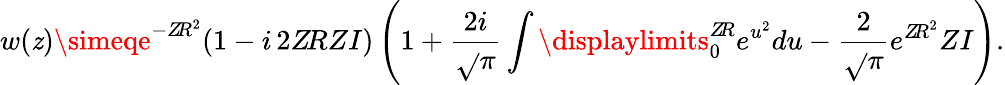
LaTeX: w(\mathit{z})\simeqe^{-Z\! R^{2}}(1-i\, 2Z\! RZI)\left(1+\frac{{2i}}{{\sqrt{}{{\pi}}}}\int\displaylimits_{0}^{Z\! R}e^{u^{2}}du-\frac{{2}}{{\sqrt{}{{\pi}}}}e^{{Z\! R}^{2}}ZI\right).